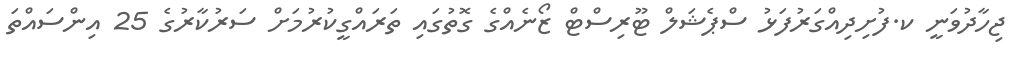
ޖިހާދުވަނީ ކ.ފުށިދިއްގަރުފަޅު ސްޕެޝަލް ޓޫރިސްޓް ޒޯނެއްގެ ގޮތުގައި ތަރައްގީކުރުމަށް ސަރުކާރުގެ 25 އިންސައްތަ